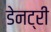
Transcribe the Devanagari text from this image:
डेनट्री